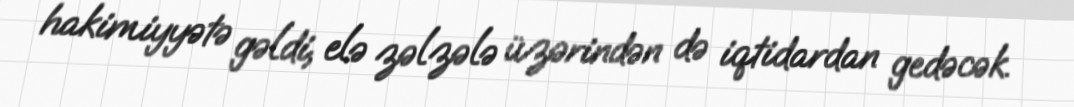
hakimiyyətə gəldi, elə zəlzələ üzərindən də iqtidardan gedəcək.